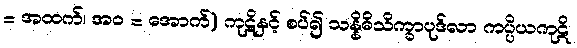
= အထက်၊ အဝ = အောက်) ကုဋိနှင့် စပ်၍ သန္နိဓိသိက္ခာပုဒ်လာ ကပ္ပိယကုဋိ